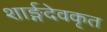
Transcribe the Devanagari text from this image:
शार्ङ्गदेवकृत